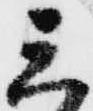
三